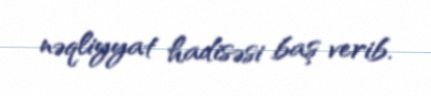
nəqliyyat hadisəsi baş verib.